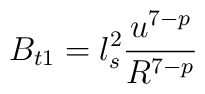
B_{t1} = l_s^2 \frac{u^{7-p}}{R^{7-p}}